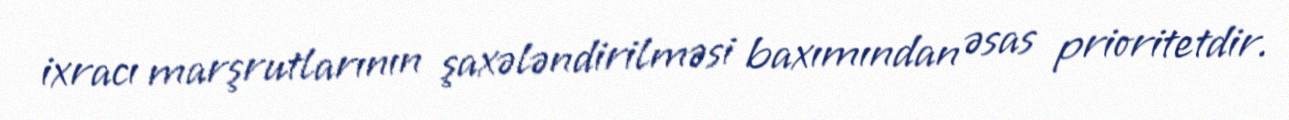
ixracı marşrutlarının şaxələndirilməsi baxımından əsas prioritetdir.